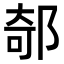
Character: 𨜅